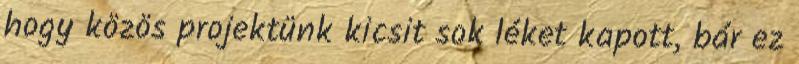
hogy közös projektünk kicsit sok léket kapott, bár ez